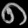
Digit: ၈